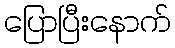
ပြောပြီးနောက်